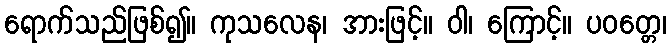
ရောက်သည်ဖြစ်၍။ ကုသလေန၊ အားဖြင့်။ ဝါ၊ ကြောင့်။ ပဝတ္တေ၊